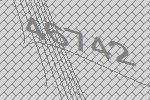
46742